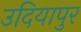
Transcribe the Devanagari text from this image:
उदियापुर